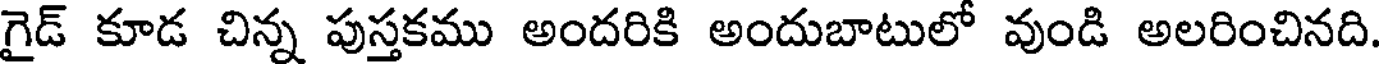
గైడ్ కూడ చిన్న పుస్తకము అందరికి అందుబాటులో వుండి అలరించినది